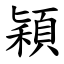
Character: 穎